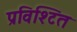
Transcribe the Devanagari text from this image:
प्रविश्टित